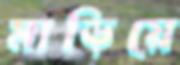
মাড়িয়ে